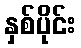
နှစ်ပိုင်း